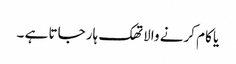
یا کام کرنے والا تھک ہار جاتا ہے ۔